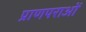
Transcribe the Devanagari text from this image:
प्राणपराओं